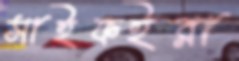
সাইফইরা